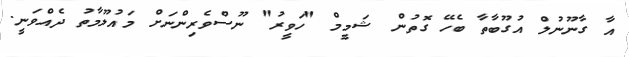
އާ ގާނޫނުލް އުގޫބާތާ ބެހޭ ގޮތުން ޝަމީމް "ހަވީރު" ނޫސްވެރިންނަށް މައުލޫމާތު ދެއްވަނީ.